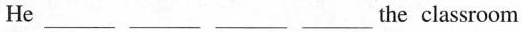
He___ ___ ___ ___ the classroom